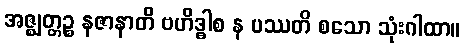
အဇ္ဈတ္တဉ္စ နဇာနာတိ ဗဟိဒ္ဓါစ န ပဿတိ စသော သုံးဂါထာ။